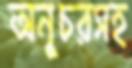
অনুচরসহ